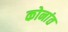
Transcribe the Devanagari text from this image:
कोनांत